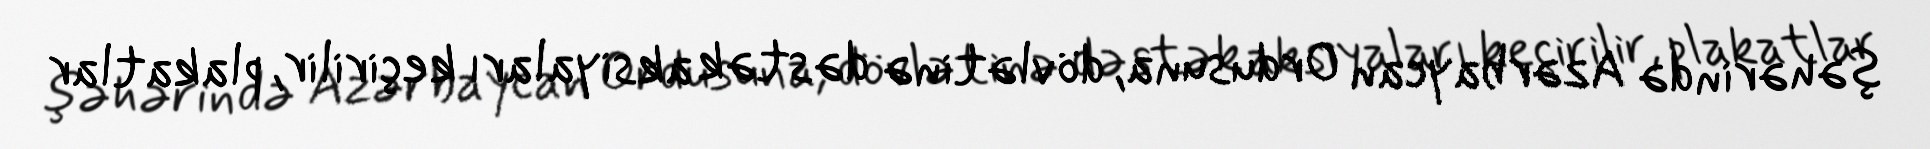
şəhərində Azərbaycan Ordusuna, dövlətinə dəstək aksiyaları keçirilir, plakatlar